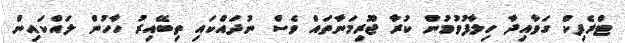
ޓްރެފިކް ގަވާއިދާ ހިލާފުވުމުން ކުރާ ޖޫރިމަނާތައް ވެސް ނުދައްކައި ތިބޭއިރު ހާހުން ލައްކައިން